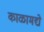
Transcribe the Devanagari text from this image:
काळामद्ये